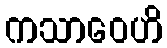
ကသာဝေဟိ